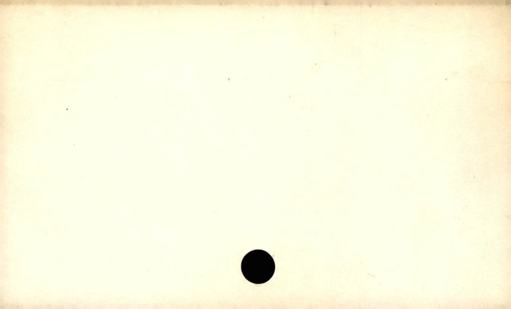
Label: blank